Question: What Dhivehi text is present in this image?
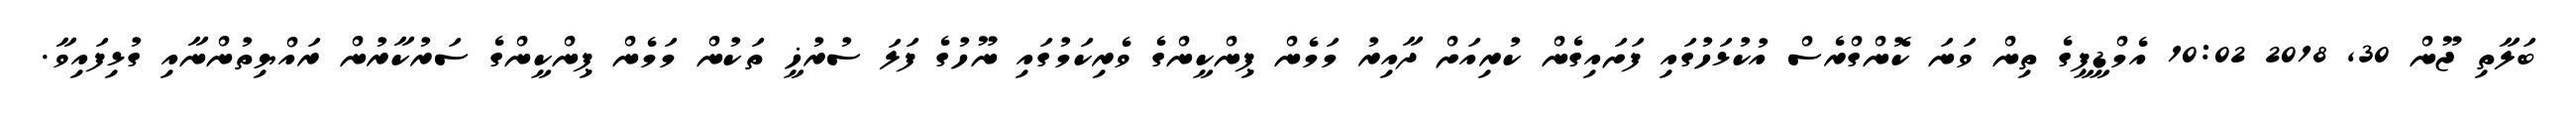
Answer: ބަލާތި ޖޫން 30, 2018 10:02 އެމްޑީޕީގެ ތިން ވަނަ ކޮންގްރެސް އުކުޅަހުގައި ފަށައިގެން ކުރިއަށް ދާއިރު މަމެން ޕިންކީންގެ ވެރިކަމުގައި ނޫހުގެ ފަލަ ސުރުޚީ ތަކުން މަމެން ޕިންކީންގެ ސަރުކާރުން ރައްޔިތުންނާއި ގުޅިފައިވާ.